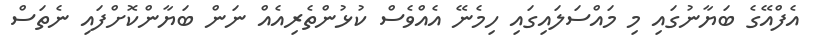
އެފްއޭގެ ބަޔާނުގައި މި މައްސަލައިގައި ހިމެނޭ އެއްވެސް ކުޅުންތެރިއެއް ނަން ބަޔާންކޮށްފައި ނެތަސް